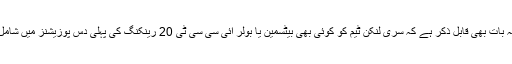
یہاں یہ بات بھی قابل ذکر ہے کہ سری لنکن ٹیم کو کوئی بھی بیٹسمین یا بولر آئی سی سی ٹی 20 رینکنگ کی پہلی دس پوزیشنز میں شامل نہیں۔